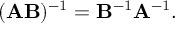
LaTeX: ( \mathbf { A } \mathbf { B } ) ^ { - 1 } = \mathbf { B } ^ { - 1 } \mathbf { A } ^ { - 1 } .